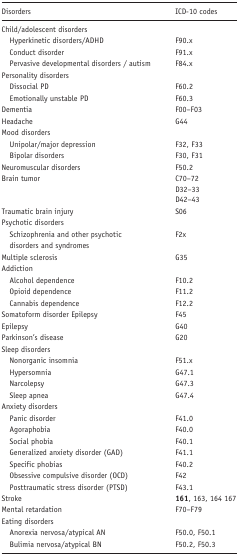
<table><thead><tr><td><b>Disorders</b></td><td><b>ICD-10 codes</b></td></tr></thead><tbody><tr><td colspan="2">Child/adolescent disorders</td></tr><tr><td> Hyperkinetic disorders/ADHD</td><td>F90.x</td></tr><tr><td> Conduct disorder</td><td>F91.x</td></tr><tr><td> Pervasive developmental disorders / autism</td><td>F84.x</td></tr><tr><td colspan="2">Personality disorders</td></tr><tr><td> Dissocial PD</td><td>F60.2</td></tr><tr><td> Emotionally unstable PD</td><td>F60.3</td></tr><tr><td>Dementia</td><td>F00–F03</td></tr><tr><td>Headache</td><td>G44</td></tr><tr><td colspan="2">Mood disorders</td></tr><tr><td> Unipolar/major depression</td><td>F32, F33</td></tr><tr><td> Bipolar disorders</td><td>F30, F31</td></tr><tr><td>Neuromuscular disorders</td><td>F50.2</td></tr><tr><td>Brain tumor</td><td>C70–72D32–33D42–43</td></tr><tr><td>Traumatic brain injury</td><td>S06</td></tr><tr><td colspan="2">Psychotic disorders</td></tr><tr><td> Schizophrenia and other psychotic</td><td>F2x</td></tr><tr><td colspan="2"> disorders and syndromes</td></tr><tr><td>Multiple sclerosis</td><td>G35</td></tr><tr><td colspan="2">Addiction</td></tr><tr><td> Alcohol dependence</td><td>F10.2</td></tr><tr><td> Opioid dependence</td><td>F11.2</td></tr><tr><td> Cannabis dependence</td><td>F12.2</td></tr><tr><td>Somatoform disorder Epilepsy</td><td>F45</td></tr><tr><td>Epilepsy</td><td>G40</td></tr><tr><td>Parkinson’s disease</td><td>G20</td></tr><tr><td colspan="2">Sleep disorders</td></tr><tr><td> Nonorganic insomnia</td><td>F51.x</td></tr><tr><td> Hypersomnia</td><td>G47.1</td></tr><tr><td> Narcolepsy</td><td>G47.3</td></tr><tr><td> Sleep apnea</td><td>G47.4</td></tr><tr><td colspan="2">Anxiety disorders</td></tr><tr><td> Panic disorder</td><td>F41.0</td></tr><tr><td> Agoraphobia</td><td>F40.0</td></tr><tr><td> Social phobia</td><td>F40.1</td></tr><tr><td> Generalized anxiety disorder (GAD)</td><td>F41.1</td></tr><tr><td> Specific phobias</td><td>F40.2</td></tr><tr><td> Obsessive compulsive disorder (OCD)</td><td>F42</td></tr><tr><td> Posttraumatic stress disorder (PTSD)</td><td>F43.1</td></tr><tr><td>Stroke</td><td><b>161</b>, 163, 164 167</td></tr><tr><td>Mental retardation</td><td>F70–F79</td></tr><tr><td colspan="2">Eating disorders</td></tr><tr><td> Anorexia nervosa/atypical AN</td><td>F50.0, F50.1</td></tr><tr><td> Bulimia nervosa/atypical BN</td><td>F50.2, F50.3</td></tr></tbody></table>